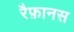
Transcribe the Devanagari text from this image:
रैफ़ानस